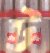
ট